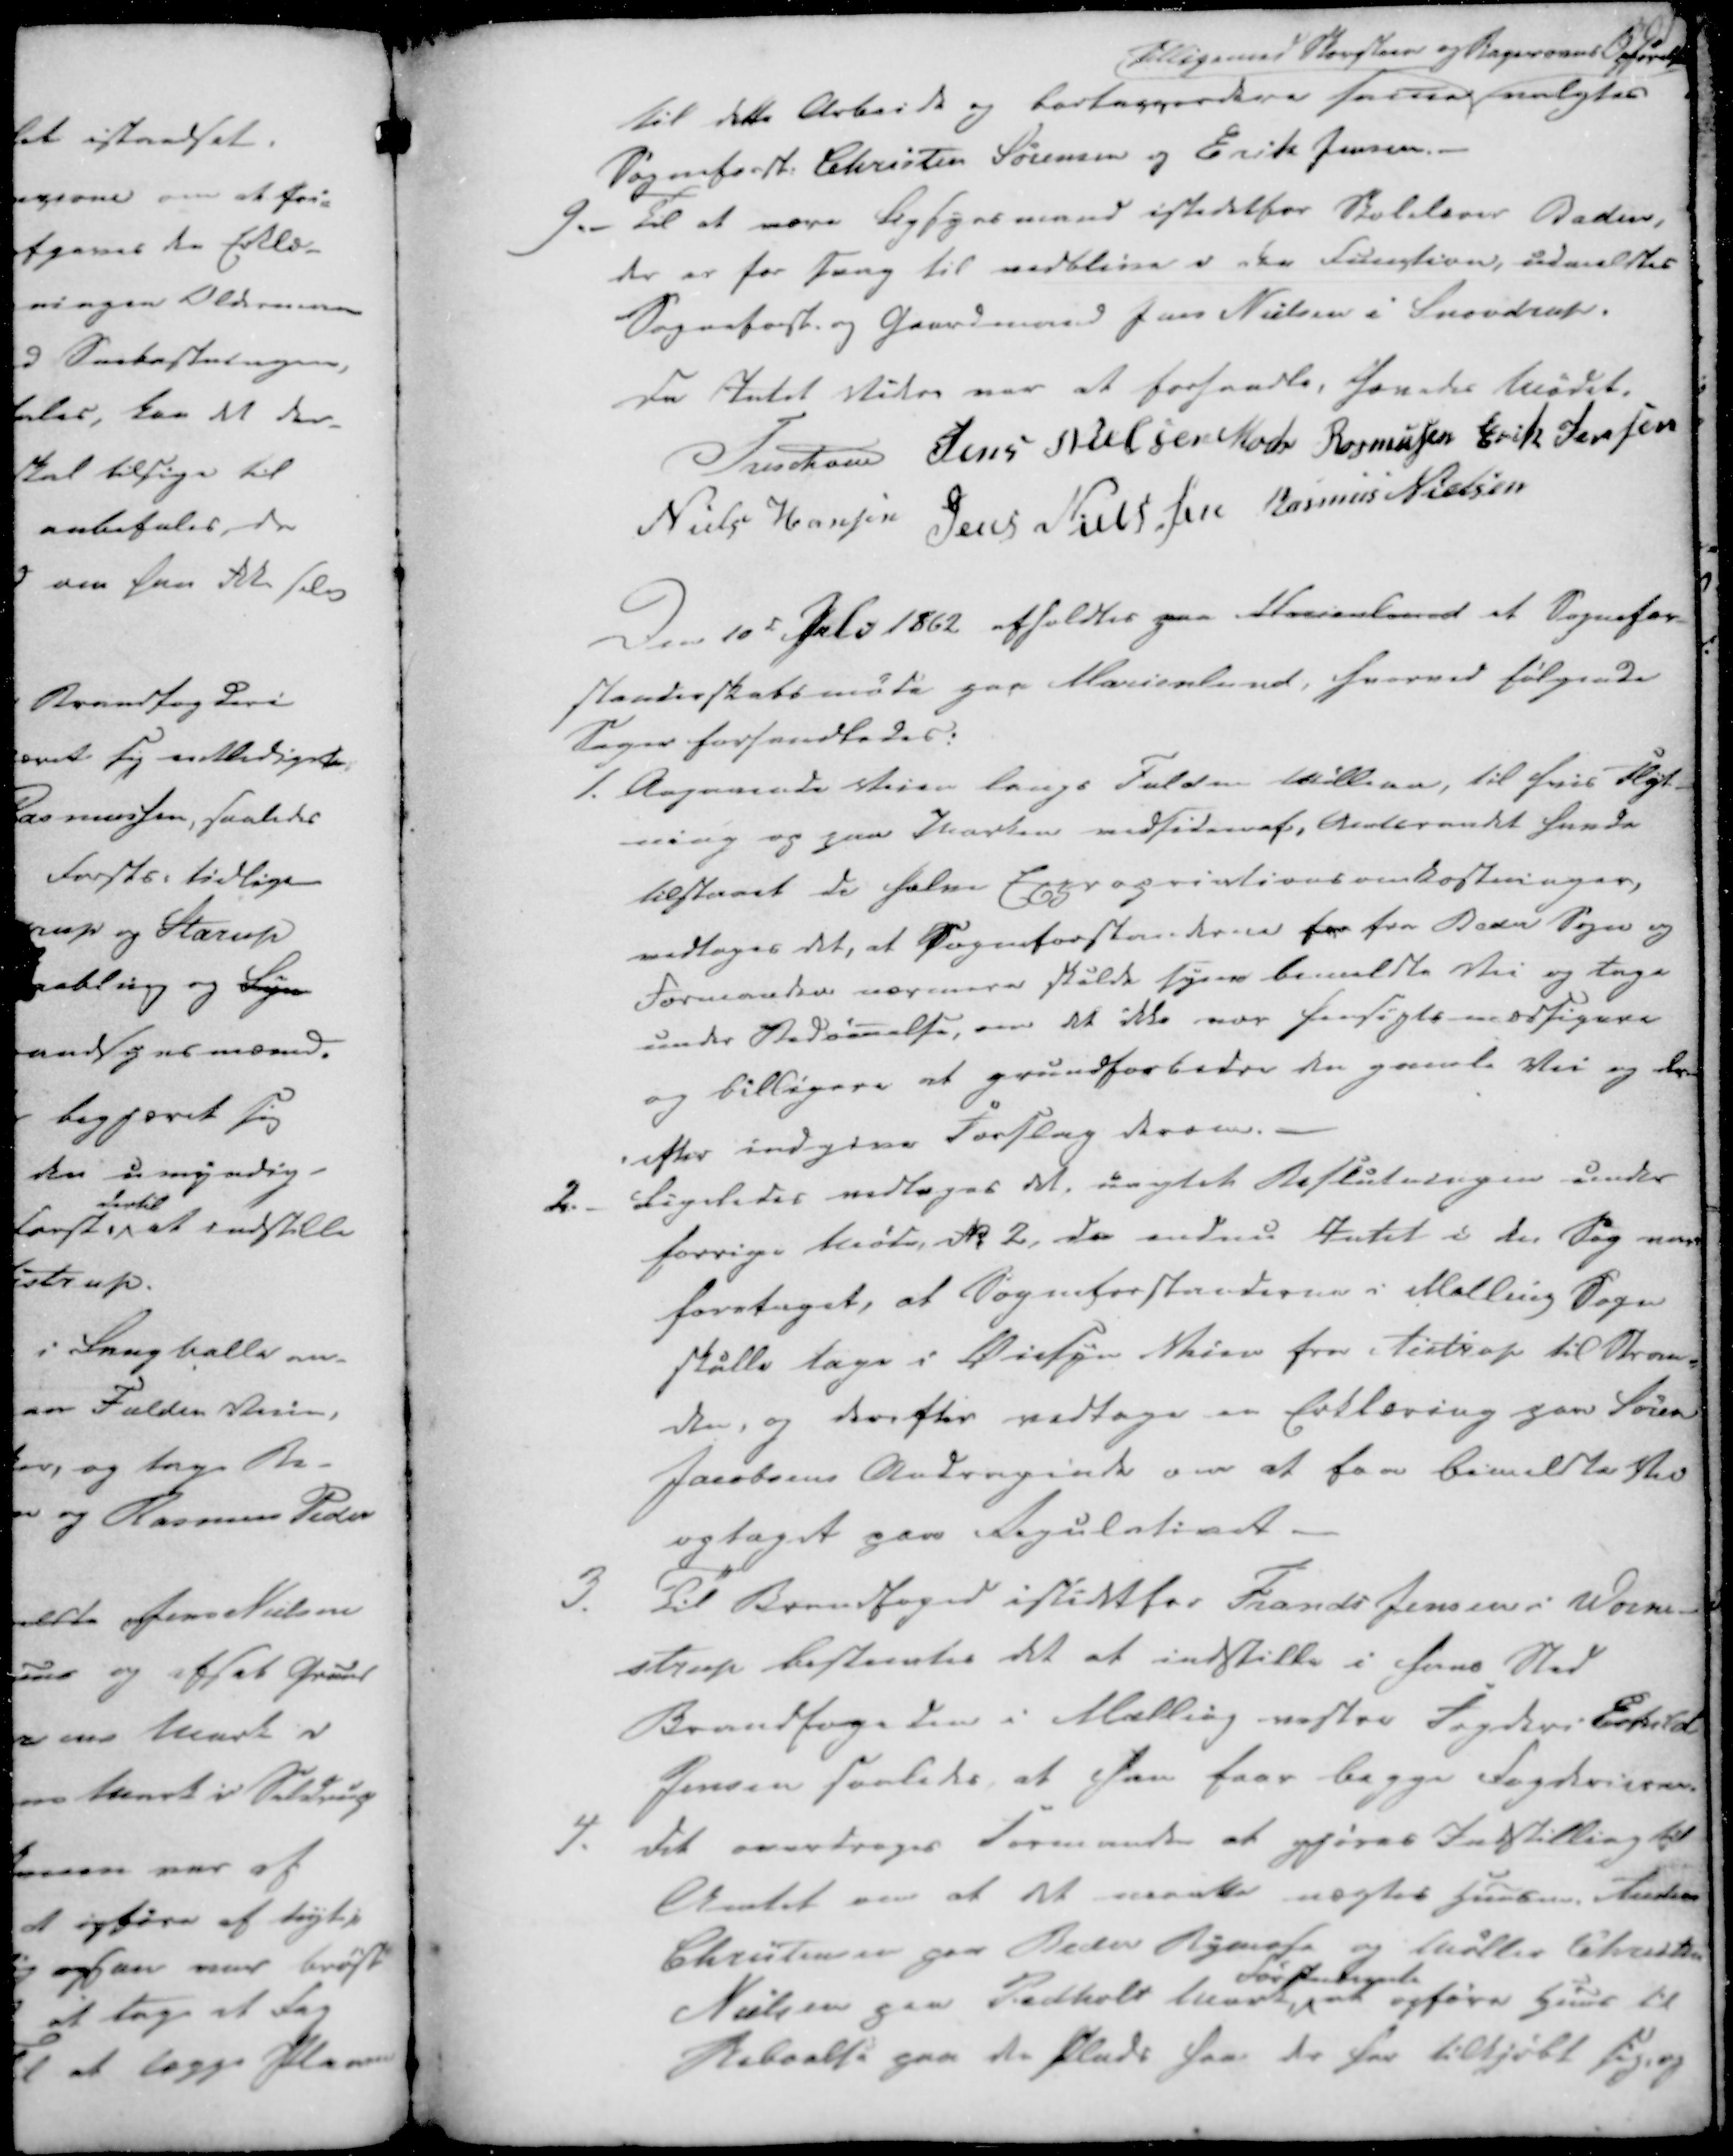
Transskription:
til dette Arbeide og bortaccordere same
Tilligemed Skorsteen og Ragerover Opførelse
valgtes
Sogneforst. Christen Sørensen og Erik Jensen.
9.- Til at være Ligsynsmand istedet for Skolelærer Baden,
der er for Tang til vedblive i den Function, udmeldtes
Sogneforst. og Gaardmand Jens Nielsen i Snovdrup.

Da Intet Videre var at forhandle, hævedes Mødet.
Treschov
Jens Nielsen
Mads Rasmussen
Erik Jensen
Niels Hansen
Jens Nielssen
Rasmus Nielsen

Den 10de Juli 1862 afholdtes paa Marienlund et Sognefor-
standerskabsmøde paa Marienlund, hvorved følgende
Sager forhandledes:

1. Angaaende Veien langs Fulden Møllevei, til hvis Flyt-
ning og paa Marken vedsidenaf, Amtsraadet havde
tilstaaet de halve Expropriationsomkostninger,
vedtages det, at Sogneforstanderne for fra Beder Sogn og
Formanden nærmere skulde syne bemeldte Vei og tage
under Bedømelse, om det ikke var hensigts mæssigere
og billigere at grundforbedre den gamle Vei og der-
-efter indgive Forslag derom.
2. - Ligeledes vedtages det, uagtet Beslutningen under
forrige Møde, No 2, da endnu Intet i den Sag var
foretaget, at Sogneforstanderne i Malling Sogn
skulle tage i Øiesyn Veien fra Aistrup til Strand-
den, og derefter vedtage en Erklæring paa Søren
Jacobsens Andragende om at faa bemeldte Vei
optaget paa Regulativet.

3. Til Brandfoged istedetfor Frands Jensen i Worm-
strup bestemtes det at indstille i hans Sted
Brandfogeden i Malling vestre Fogderi Eskild
Jensen saaledes, at han faae begge Fogderierne.
4. Det overdroges Formanden at gjøres Indstilling til
Amtet om at det maatte nægtes Huusm. Anders
Christensen paa Beder Bymose og Møller Christen
Nielsen paa Pedholdt Mark
Førstantagende
at opføre Huus til
Beboelse paa den Plads som de har tilkjøbt sig, og